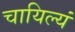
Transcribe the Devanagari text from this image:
चायिल्यं